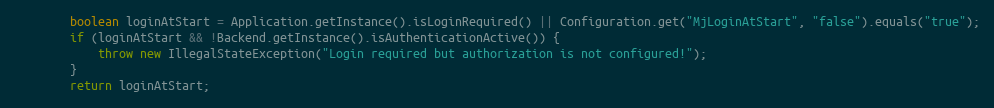
Language: Java
		boolean loginAtStart = Application.getInstance().isLoginRequired() || Configuration.get("MjLoginAtStart", "false").equals("true");
		if (loginAtStart && !Backend.getInstance().isAuthenticationActive()) {
			throw new IllegalStateException("Login required but authorization is not configured!");
		}
		return loginAtStart;